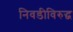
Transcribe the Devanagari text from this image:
निवडीविरुद्ध